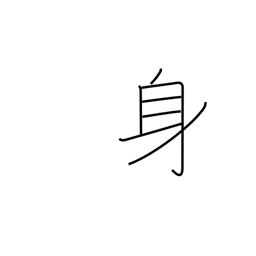
Meaning: somebody